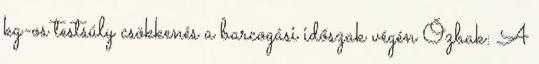
kg-os testsúly csökkenés a barcogási időszak végén Őzbak: A